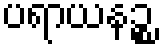
ပရာယနဉ္စ